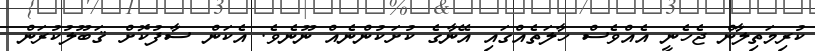
ކުރިމަތިލާން ޖެހެނީ އެއްވެސް ހާލަތެއްގައި އޭނާގެ ކުށަކުންނެއް ނޫނެވެ. އެކަން ސާފުކޮށް ޤަބޫލުކުރަން